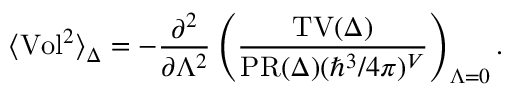
\langle \mathrm { V o l } ^ { 2 } \rangle _ { \Delta } = - { \frac { \partial ^ { 2 } } { \partial \Lambda ^ { 2 } } } \left( { \frac { \mathrm { T V } ( \Delta ) } { \mathrm { P R } ( \Delta ) ( \hbar ^ { 3 } / 4 \pi ) ^ { V } } } \right) _ { \Lambda = 0 } .